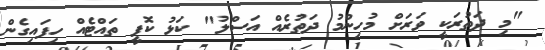
"މި ދަތުރަކީ ވަރަށް މުހިންމު ދަތުރެއް އަސްލު" ކަޅު ކޮފީ ތައްޓެއް ހިފައިގެން